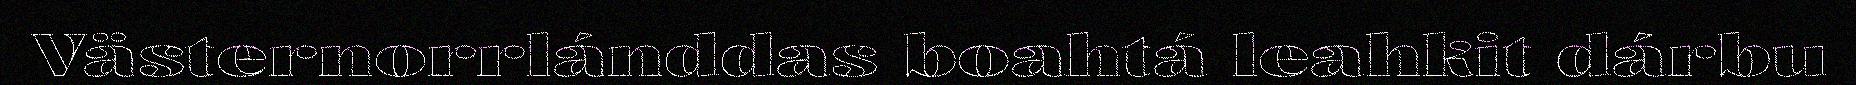
Västernorrlánddas boahtá leahkit dárbu